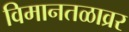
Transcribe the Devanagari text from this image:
विमानतळाव्रर